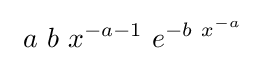
\ a\ b\ x^{-a-1}\ e^{-b\ x^{-a}}\